Annual report on the working of the Harcourt Butler Institute of Public Health, Rangoon
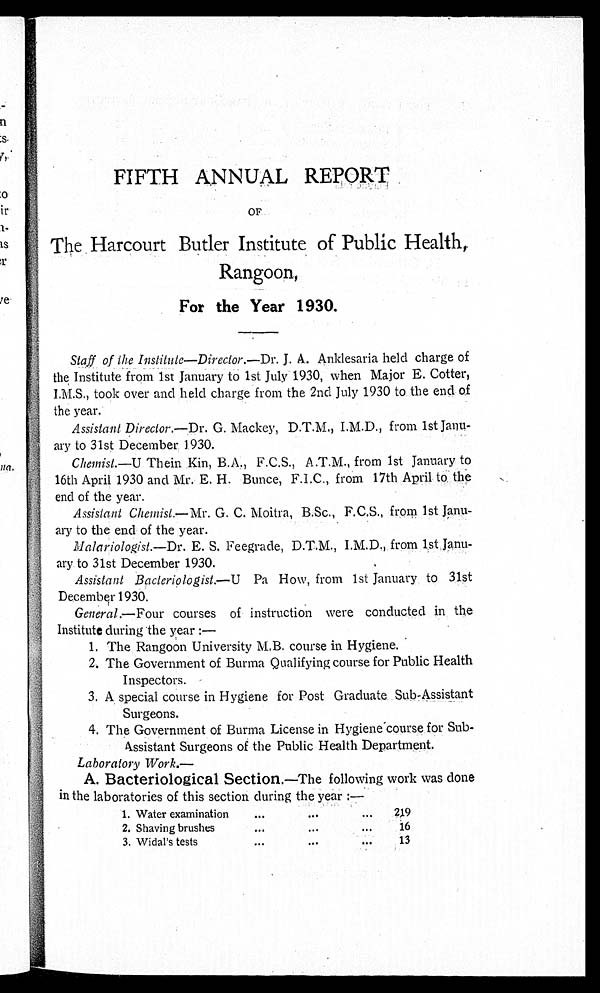
n
:s.
na,
; 1 1
rn
FIFTH ANNUAL REPORT,
OF
The Harcourt Butler Institute of Public Health,
Rangoon,
For the Year1930.
Staff of the Institute—Director.—Dr. J. Anklesaria held charge of
the Institute from 1st January to 1st July 1930, when Major E. Cotter,
I.M.S., took over and held charge from the 2nd July 1930 to the end of
the year.
Assistant Director.—Dr. G. Mackey, D.T.M., I.M.D., from 1st Janu-
ary to 31st December 1930.
Chemist.—U T h e i n K i n , B . A . , F . C . S . , A . T . M . , f r o m 1 s t J a n u a r y t o
16th April 1930 and Mr. E. H. Bunce, F.I.C., from 17th April to . the
end of the year.
Assistant Chemist.—Mr. G. C. Moitra, B.Sc., F.C.S., from 1st Janu
-
ary to the end of the year.
Malariologist.—Dr. E. S. Feegrade, D.T.M., I.M.D., from 1st . Janu-
ary to 31st December 1930.
Assistant Bacteriologist.-U Pa How, from 1st January to 31st
December 1930.
General.—Four courses of instruction were conducted in the
Institute during the year :-
1.The Rangoon University M.B course in Hygiene.
2.The Government of Burma Qualifying course for Public Health
Inspectors.
3.A special course in Hygiene for Post Graduate Sub-Assistant
Surgeons.
—The Government of Burma License in Hygiene course for Sub-
Assistant Surgeons of the Public Health Department.
Laboratory Work.
A. Bacteriological Section.—The following work was done
in the laboratories of this section during the year :—
1. Water examination
219
2. Shaving brushes
16
3. Widal' s tests
13